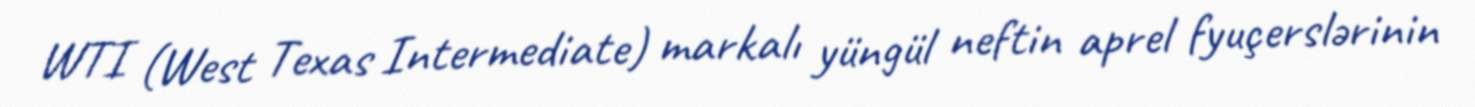
WTI (West Texas Intermediate) markalı yüngül neftin aprel fyuçerslərinin